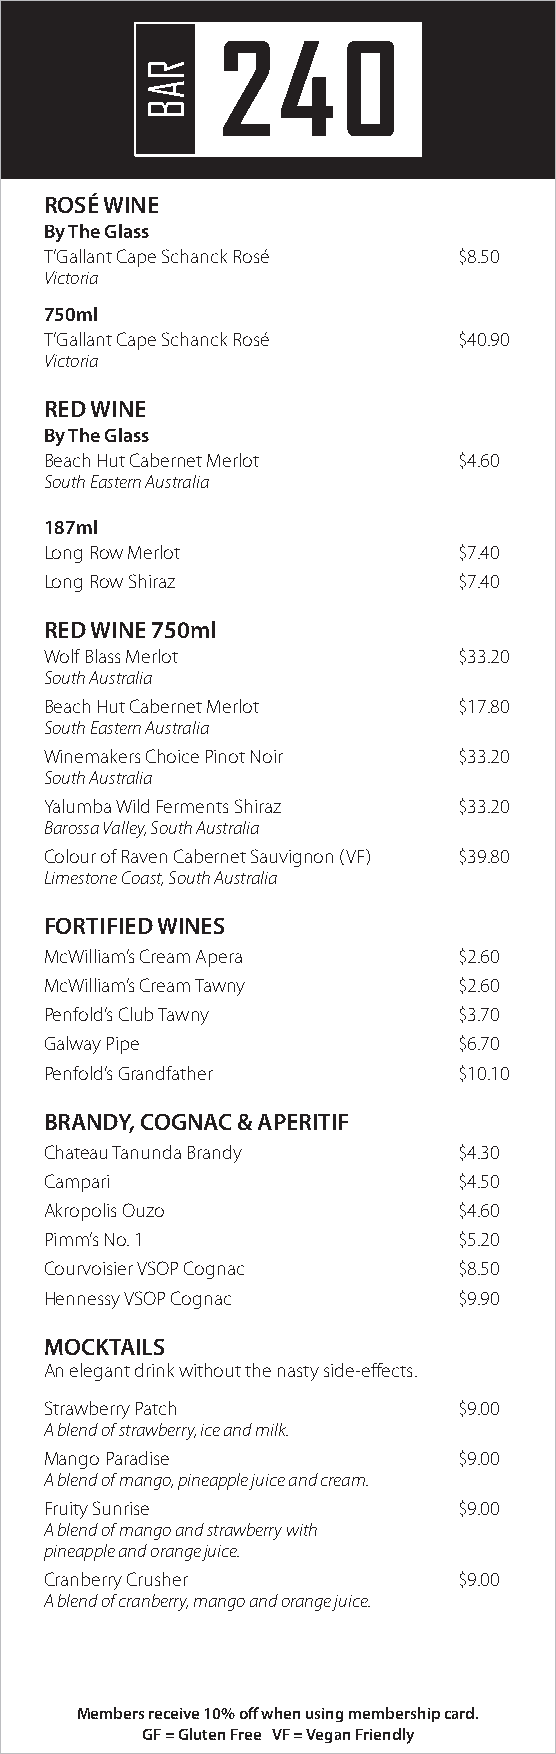
ROSÉ WINE
 By The Glass
 T’Gallant Cape Schanck Rosé $8.50
 Victoria
 750ml
 T’Gallant Cape Schanck Rosé $40.90
 Victoria
 RED WINE
 By The Glass
 Beach Hut Cabernet Merlot  $4.60
 South Eastern Australia
 187ml
 Long Row Merlot            $7.40
 Long Row Shiraz            $7.40
 RED WINE 750ml
 Wolf Blass Merlot          $33.20
 South Australia
 Beach Hut Cabernet Merlot  $17.80
 South Eastern Australia
 Winemakers Choice Pinot Noir $33.20
 South Australia
 Yalumba Wild Ferments Shiraz $33.20
 Barossa Valley, South Australia
 Colour of Raven Cabernet Sauvignon (VF) $39.80
 Limestone Coast, South Australia
 FORTIFIED WINES
 McWilliam’s Cream Apera    $2.60
 McWilliam’s Cream Tawny    $2.60
 Penfold’s Club Tawny       $3.70
 Galway Pipe                $6.70
 Penfold’s Grandfather      $10.10
 BRANDY, COGNAC & APERITIF
 Chateau Tanunda Brandy     $4.30
 Campari                    $4.50
 Akropolis Ouzo             $4.60
 Pimm’s No. 1               $5.20
 Courvoisier VSOP Cognac    $8.50
 Hennessy VSOP Cognac       $9.90
 MOCKTAILS
 An elegant drink without the nasty side-effects.
 Strawberry Patch           $9.00
 A blend of strawberry, ice and milk.
 Mango Paradise             $9.00
 A blend of mango, pineapple juice and cream.
 Fruity Sunrise             $9.00
 A blend of mango and strawberry with
 pineapple and orange juice.
 Cranberry Crusher          $9.00
 A blend of cranberry, mango and orange juice.
 Members receive 10% off when using membership card.
 GF = Gluten Free VF = Vegan Friendly